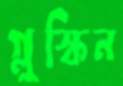
গ্লুস্কিন